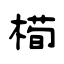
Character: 槆